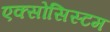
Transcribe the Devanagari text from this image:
एक्सोसिस्टम